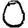
Digit: 0